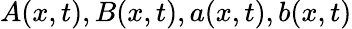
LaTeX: A(x,t),B(x,t),a(x,t),b(x,t)